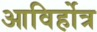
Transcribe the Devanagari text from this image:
आविर्होत्र